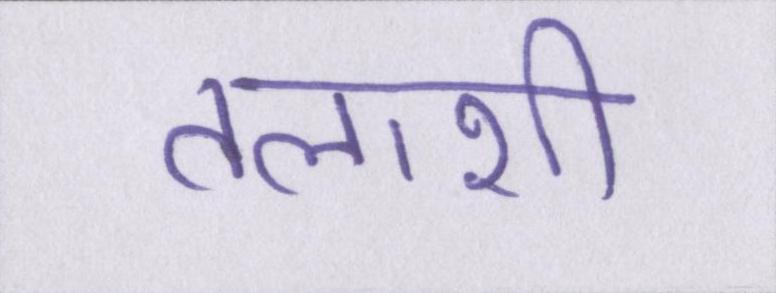
तलाशी